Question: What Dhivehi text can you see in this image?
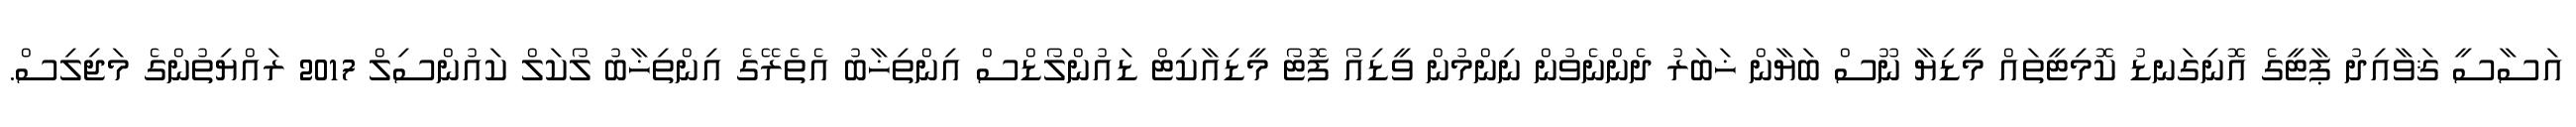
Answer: އަސާސީ ޤަވާއިދު ޕާޓީގެ އޮނިގަނޑު ކޮމިޓީތައް މީޑިޔާ ނޫސް ބަޔާން ޚަބަރު ދެންނެވުން ނިންމުން ވީޑިއޯ ފޮޓޯ މީޑިއާކިޓް ޑައުންލޯޑްސް އިންތިޚާބު އެތެރޭގެ އިންތިޚާބު ލޯކަލް ކައުންސިލް 2017 ރައްޔިތުންގެ މަޖިލިސް.